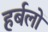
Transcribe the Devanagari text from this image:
हर्बलों